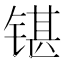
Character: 𰾘